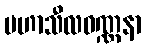
မဟာသီလဝဏ္ဏနာ